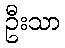
ဦးသာ